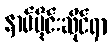
နာမ်ပိုင်းဆိုင်ရာ